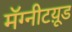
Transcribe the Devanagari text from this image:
मॅग्नीटय़ूड